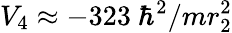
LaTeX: V_{4}\approx-323~\hbar^{2}/mr_{2}^{2}